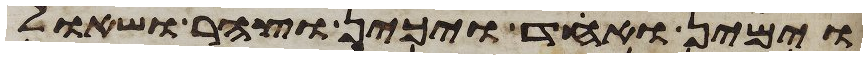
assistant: וימין ואחד ויכין וצהר ושאול